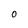
Character: 0